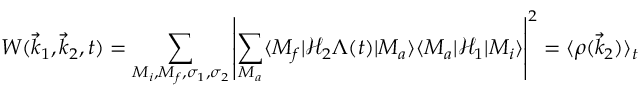
W ( { \vec { k } } _ { 1 } , { \vec { k } } _ { 2 } , t ) = \sum _ { M _ { i } , M _ { f } , \sigma _ { 1 } , \sigma _ { 2 } } \left| \sum _ { M _ { a } } \langle M _ { f } | { \mathcal { H } } _ { 2 } \Lambda ( t ) | M _ { a } \rangle \langle M _ { a } | { \mathcal { H } } _ { 1 } | M _ { i } \rangle \right| ^ { 2 } = \langle \rho ( { \vec { k } } _ { 2 } ) \rangle _ { t }